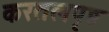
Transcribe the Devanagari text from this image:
करतलपृष्ठ